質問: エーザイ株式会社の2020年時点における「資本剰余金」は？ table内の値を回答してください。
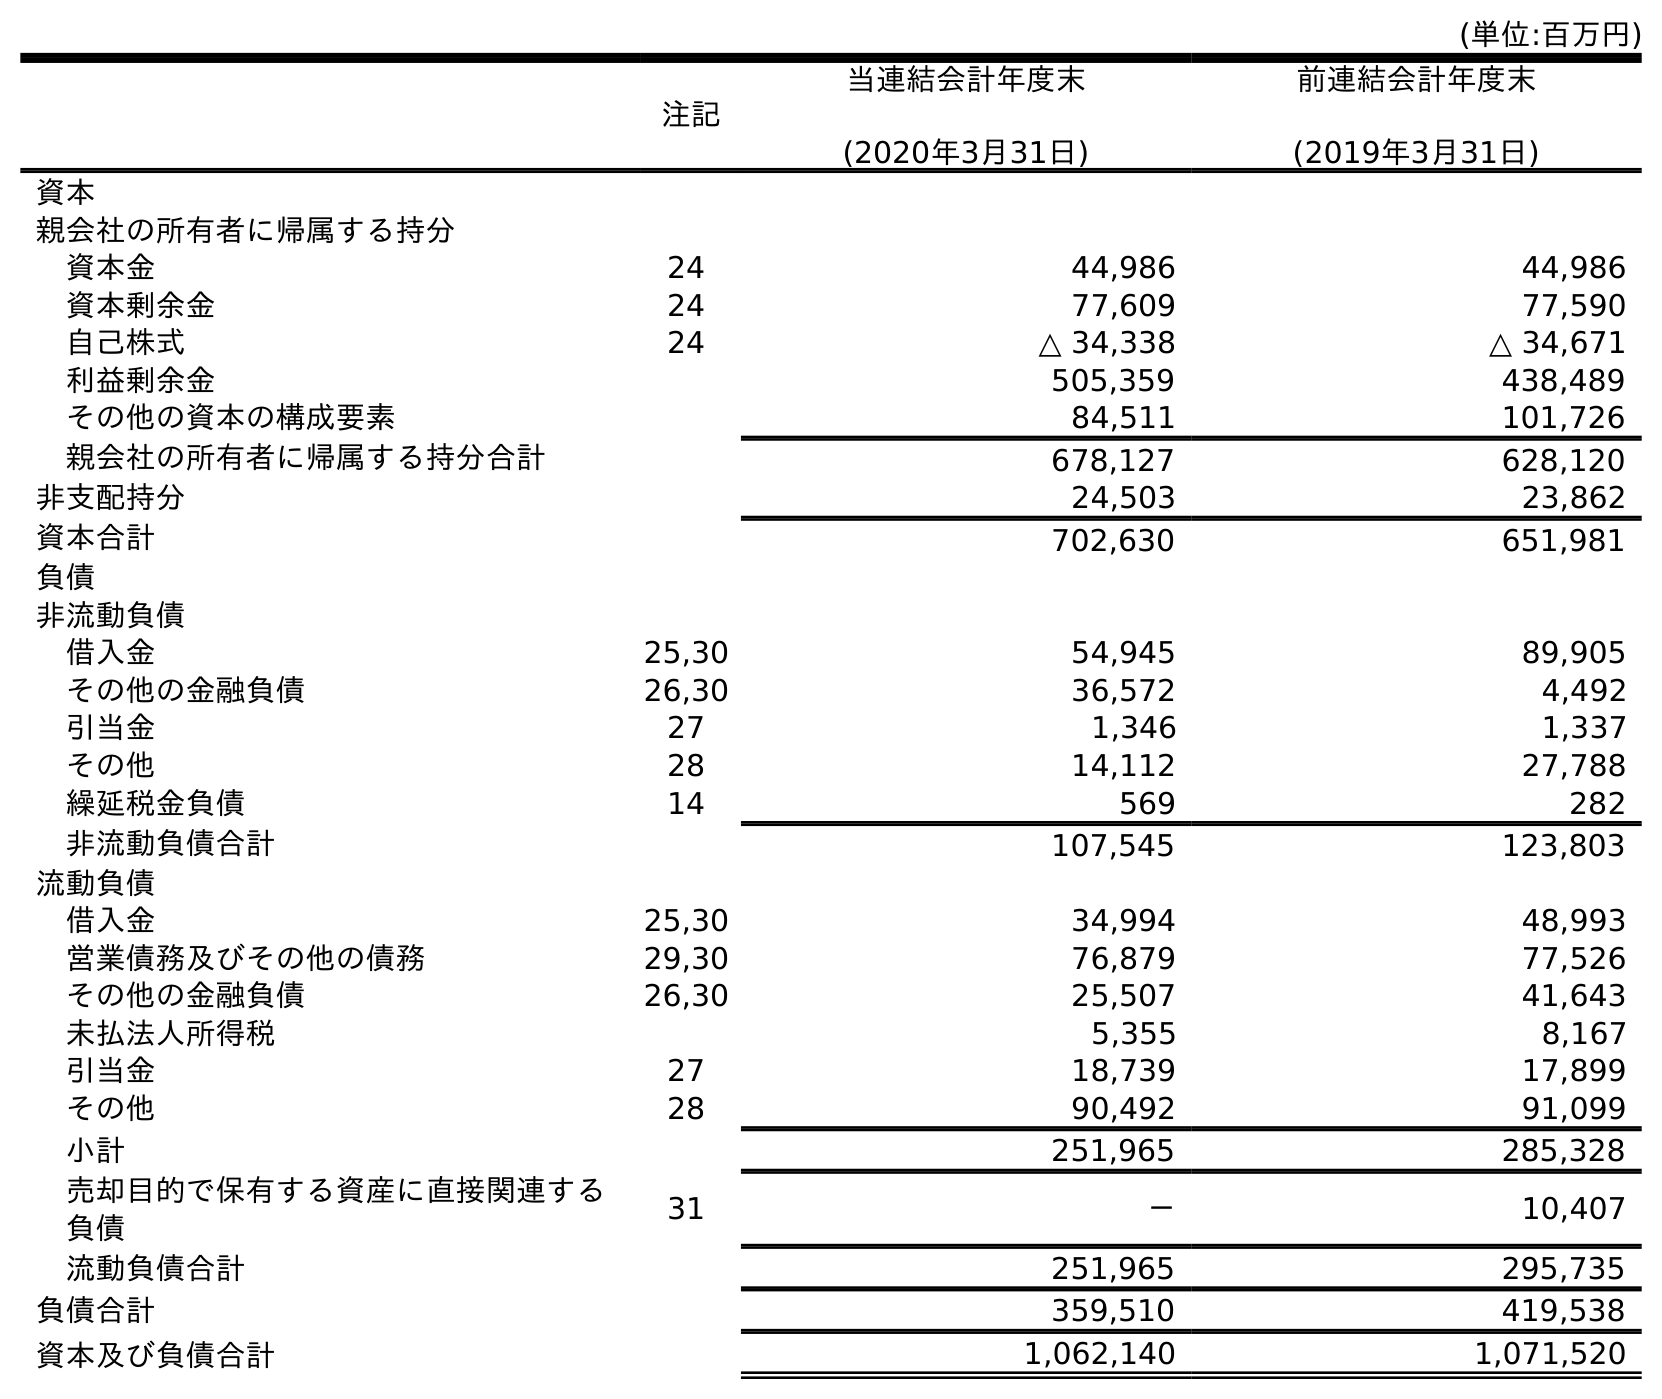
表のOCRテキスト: (単位:百万円) 注記 当連結会計年度末 (2020年3月31日) 前連結会計年度末 (2019年3月31日) 資本 親会社の所有者に帰属する持分 資本金 24 44,986 44,986 資本剰余金 24 77,609 77,590 自己株式 24 △ 34,338 △ 34,671 利益剰余金 505,359 438,489 その他の資本の構成要素 84,511 101,726 親会社の所有者に帰属する持分合計 678,127 628,120 非支配持分 24,503 23,862 資本合計 702,630 651,981 負債 非流動負債 借入金 25,30 54,945 89,905 その他の金融負債 26,30 36,572 4,492 引当金 27 1,346 1,337 その他 28 14,112 27,788 繰延税金負債 14 569 282 非流動負債合計 107,545 123,803 流動負債 借入金 25,30 34,994 48,993 営業債務及びその他の債務 29,30 76,879 77,526 その他の金融負債 26,30 25,507 41,643 未払法人所得税 5,355 8,167 引当金 27 18,739 17,899 その他 28 90,492 91,099 小計 251,965 285,328 売却目的で保有する資産に直接関連する 負債 31 － 10,407 流動負債合計 251,965 295,735 負債合計 359,510 419,538 資本及び負債合計 1,062,140 1,071,520
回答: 77,609